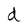
Character: d